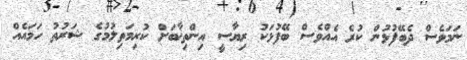
ނަމަވެސް ދެބޭފުޅުން ކުރެ އެއްވެސް ބޭފުޅަކު ރިޔާސީ އިންތިޚާބަށް ކުރިމަތިލުމުގެ ޝަރުތު ހަމައެއް